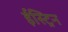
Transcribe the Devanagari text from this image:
ईस्ट्रिन